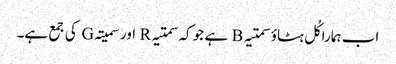
اب ہمارا کُل ہٹاؤ سمتیہ B ہے جو کہ سمتیہ R اور سمیتہ G کی جمع ہے۔